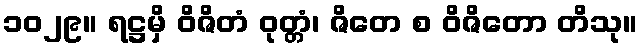
၁၀၂၉။ ရဋ္ဌမှိ ဝိဇိတံ ဝုတ္တံ၊ ဇိတေ စ ဝိဇိတော တိသု။